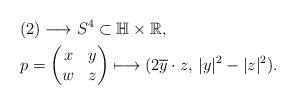
LaTeX: \begin{align*}&(2)\longrightarrow S^{4}\subset \mathbb{H}\times \mathbb{R},\\&p=\begin{pmatrix}x&y\\w&z\end{pmatrix}\longmapsto(2\overline{y}\cdot z,\,{|y|^2-|z|^2}).\end{align*}